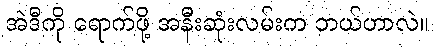
အဲဒီကို ရောက်ဖို့ အနီးဆုံးလမ်းက ဘယ်ဟာလဲ။